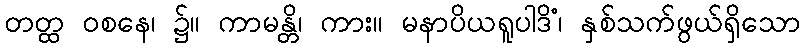
တတ္ထ ဝစနေ၊ ၌။ ကာမန္တိ၊ ကား။ မနာပိယရူပါဒိံ၊ နှစ်သက်ဖွယ်ရှိသော